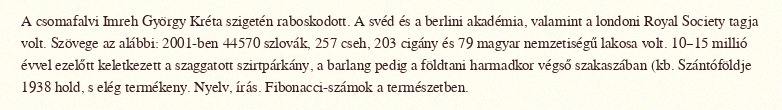
A csomafalvi Imreh György Kréta szigetén raboskodott. A svéd és a berlini akadémia, valamint a londoni Royal Society tagja volt. Szövege az alábbi: 2001-ben 44570 szlovák, 257 cseh, 203 cigány és 79 magyar nemzetiségű lakosa volt. 10–15 millió évvel ezelőtt keletkezett a szaggatott szirtpárkány, a barlang pedig a földtani harmadkor végső szakaszában (kb. Szántóföldje 1938 hold, s elég termékeny. Nyelv, írás. Fibonacci-számok a természetben.